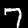
Digit: 7